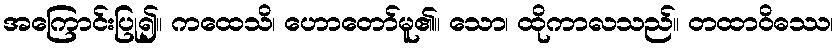
အကြောင်းပြု၍။ ကထေသိ၊ ဟောတော်မူ၏။ သော၊ ထိုကာလသည်။ တထာဝိဓဿ၊